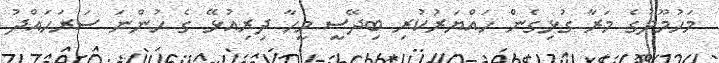
މަހުމޫދުގެ މަރާ ގުޅިގެން ހައްޔަރުކުރި ބިދޭސީ މީހާ ދިރިއުޅޭ ގެ ހުންނަ ސަރަހައްދު